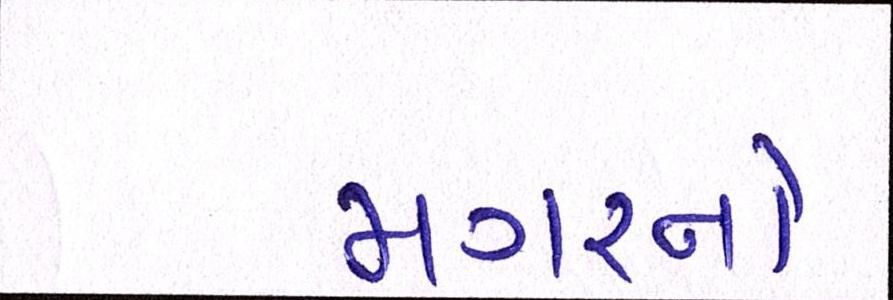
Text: મગરનો